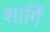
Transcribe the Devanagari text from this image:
शार्गिं